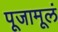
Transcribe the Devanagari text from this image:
पूजामूलं